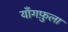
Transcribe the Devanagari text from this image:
याँगफ़ुला